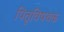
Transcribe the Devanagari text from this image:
पितृविषयक